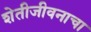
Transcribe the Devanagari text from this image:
शेतीजीवनाचा